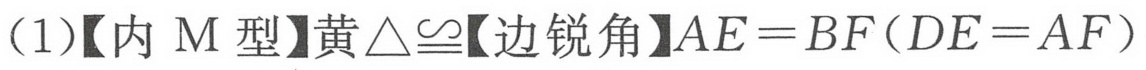
(1)【内\(M\)型】黄\(\triangle\cong\)【边锐角】\(AE = BF(DE = AF)\)